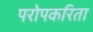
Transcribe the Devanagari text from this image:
परोपकरिता